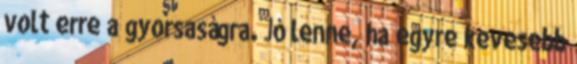
volt erre a gyorsaságra. Jó lenne, ha egyre kevesebb